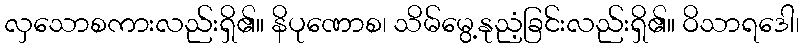
လှသောစကားလည်းရှိ၏။ နိပုဏောစ၊ သိမ်မွေ့နုညံ့ခြင်းလည်းရှိ၏။ ဝိသာရဒေါ၊